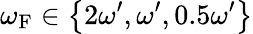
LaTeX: \omega_{\mathrm{{F}}}\in\left\lbrace 2\omega^{\prime},\omega^{\prime},0.5\omega^{\prime}\right\rbrace